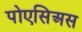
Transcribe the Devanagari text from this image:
पोएसिअस